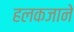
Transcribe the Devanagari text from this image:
हलकजाने